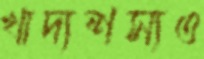
খাদ্যশস্যও